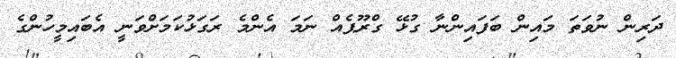
ދަރިން ނުވަތަ މައިން ބަފައިންނާ ގުޅޭ ގްރޫޕެއް ނަމަ އެންމެ ރަގަޅުކަމަށްވަނީ އެބައިމީހުންގެ